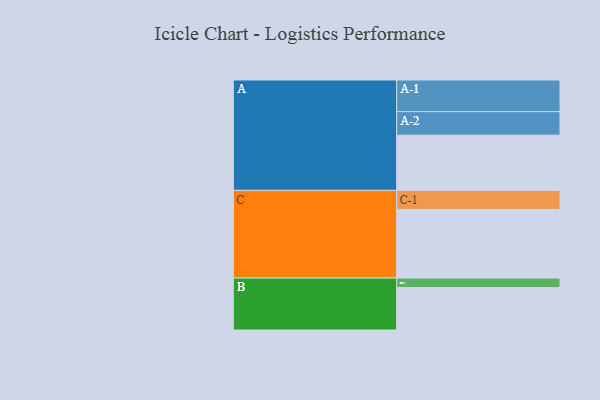
{"axis": {"x": "Segment", "y": "Value"}, "legend": ["", "A", "B", "C"], "data": [{"x": "A", "y": 464, "type": ""}, {"x": "B", "y": 357, "type": ""}, {"x": "C", "y": 577, "type": ""}, {"x": "A-1", "y": 266, "type": "A"}, {"x": "A-2", "y": 198, "type": "A"}, {"x": "B-1", "y": 80, "type": "B"}, {"x": "C-1", "y": 160, "type": "C"}]}